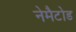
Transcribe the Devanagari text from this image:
नेमैटोड